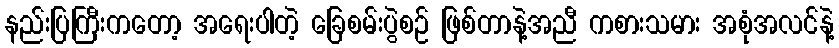
နည်းပြကြီးကတော့ အရေးပါတဲ့ ခြေစမ်းပွဲစဉ် ဖြစ်တာနဲ့အညီ ကစားသမား အစုံအလင်နဲ့